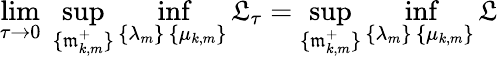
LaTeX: \operatorname*{lim}_{\tau\to 0}\; \operatorname*{sup}_{\{ \mathfrak{m}_{k,m}^{+}\} }\operatorname*{inf}_{\substack{\{ \lambda_{m}\} \, \{ \mu_{k,m}\} }}\mathfrak{L}_{\tau}=\operatorname*{sup}_{\{ \mathfrak{m}_{k,m}^{+}\} }\operatorname*{inf}_{\substack{\{ \lambda_{m}\} \, \{ \mu_{k,m}\} }}\mathfrak{L}